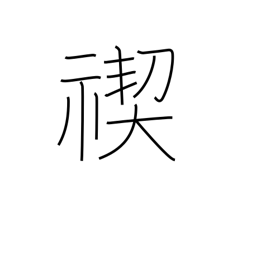
Meaning: Shinto purification ceremony